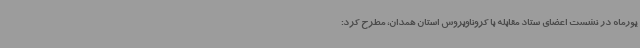
یورماه در نشست اعضای ستاد مقابله با کروناویروس استان همدان، مطرح کرد: